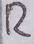
Text: R